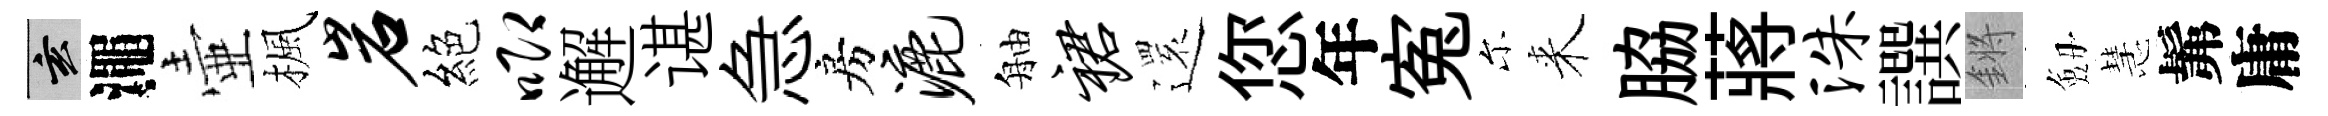
玄澠壷楓岩絕唧邂谌急房漉舳裙𮟃您年寃尓来脇蔣洙譔鏘劔慧髴庸